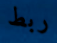
ربط